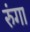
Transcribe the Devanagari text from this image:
रुंगा